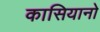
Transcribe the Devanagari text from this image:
कासियानो